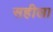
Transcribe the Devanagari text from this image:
सहीला